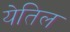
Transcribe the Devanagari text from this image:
येतिल